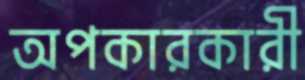
অপকারকারী